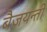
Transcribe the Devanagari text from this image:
बैजयन्‍ती